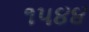
૧૫૪૪